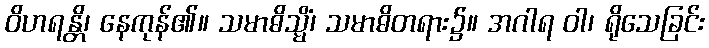
ဝိဟရန္တိ၊ နေကုန်၏။ သမာဓိသ္မိံ၊ သမာဓိတရား၌။ အဂါရ ဝါ၊ ရိုသေခြင်း